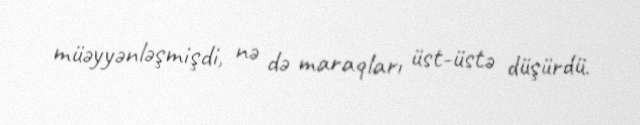
müəyyənləşmişdi, nə də maraqları üst-üstə düşürdü.